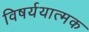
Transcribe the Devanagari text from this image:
विषर्ययात्मक